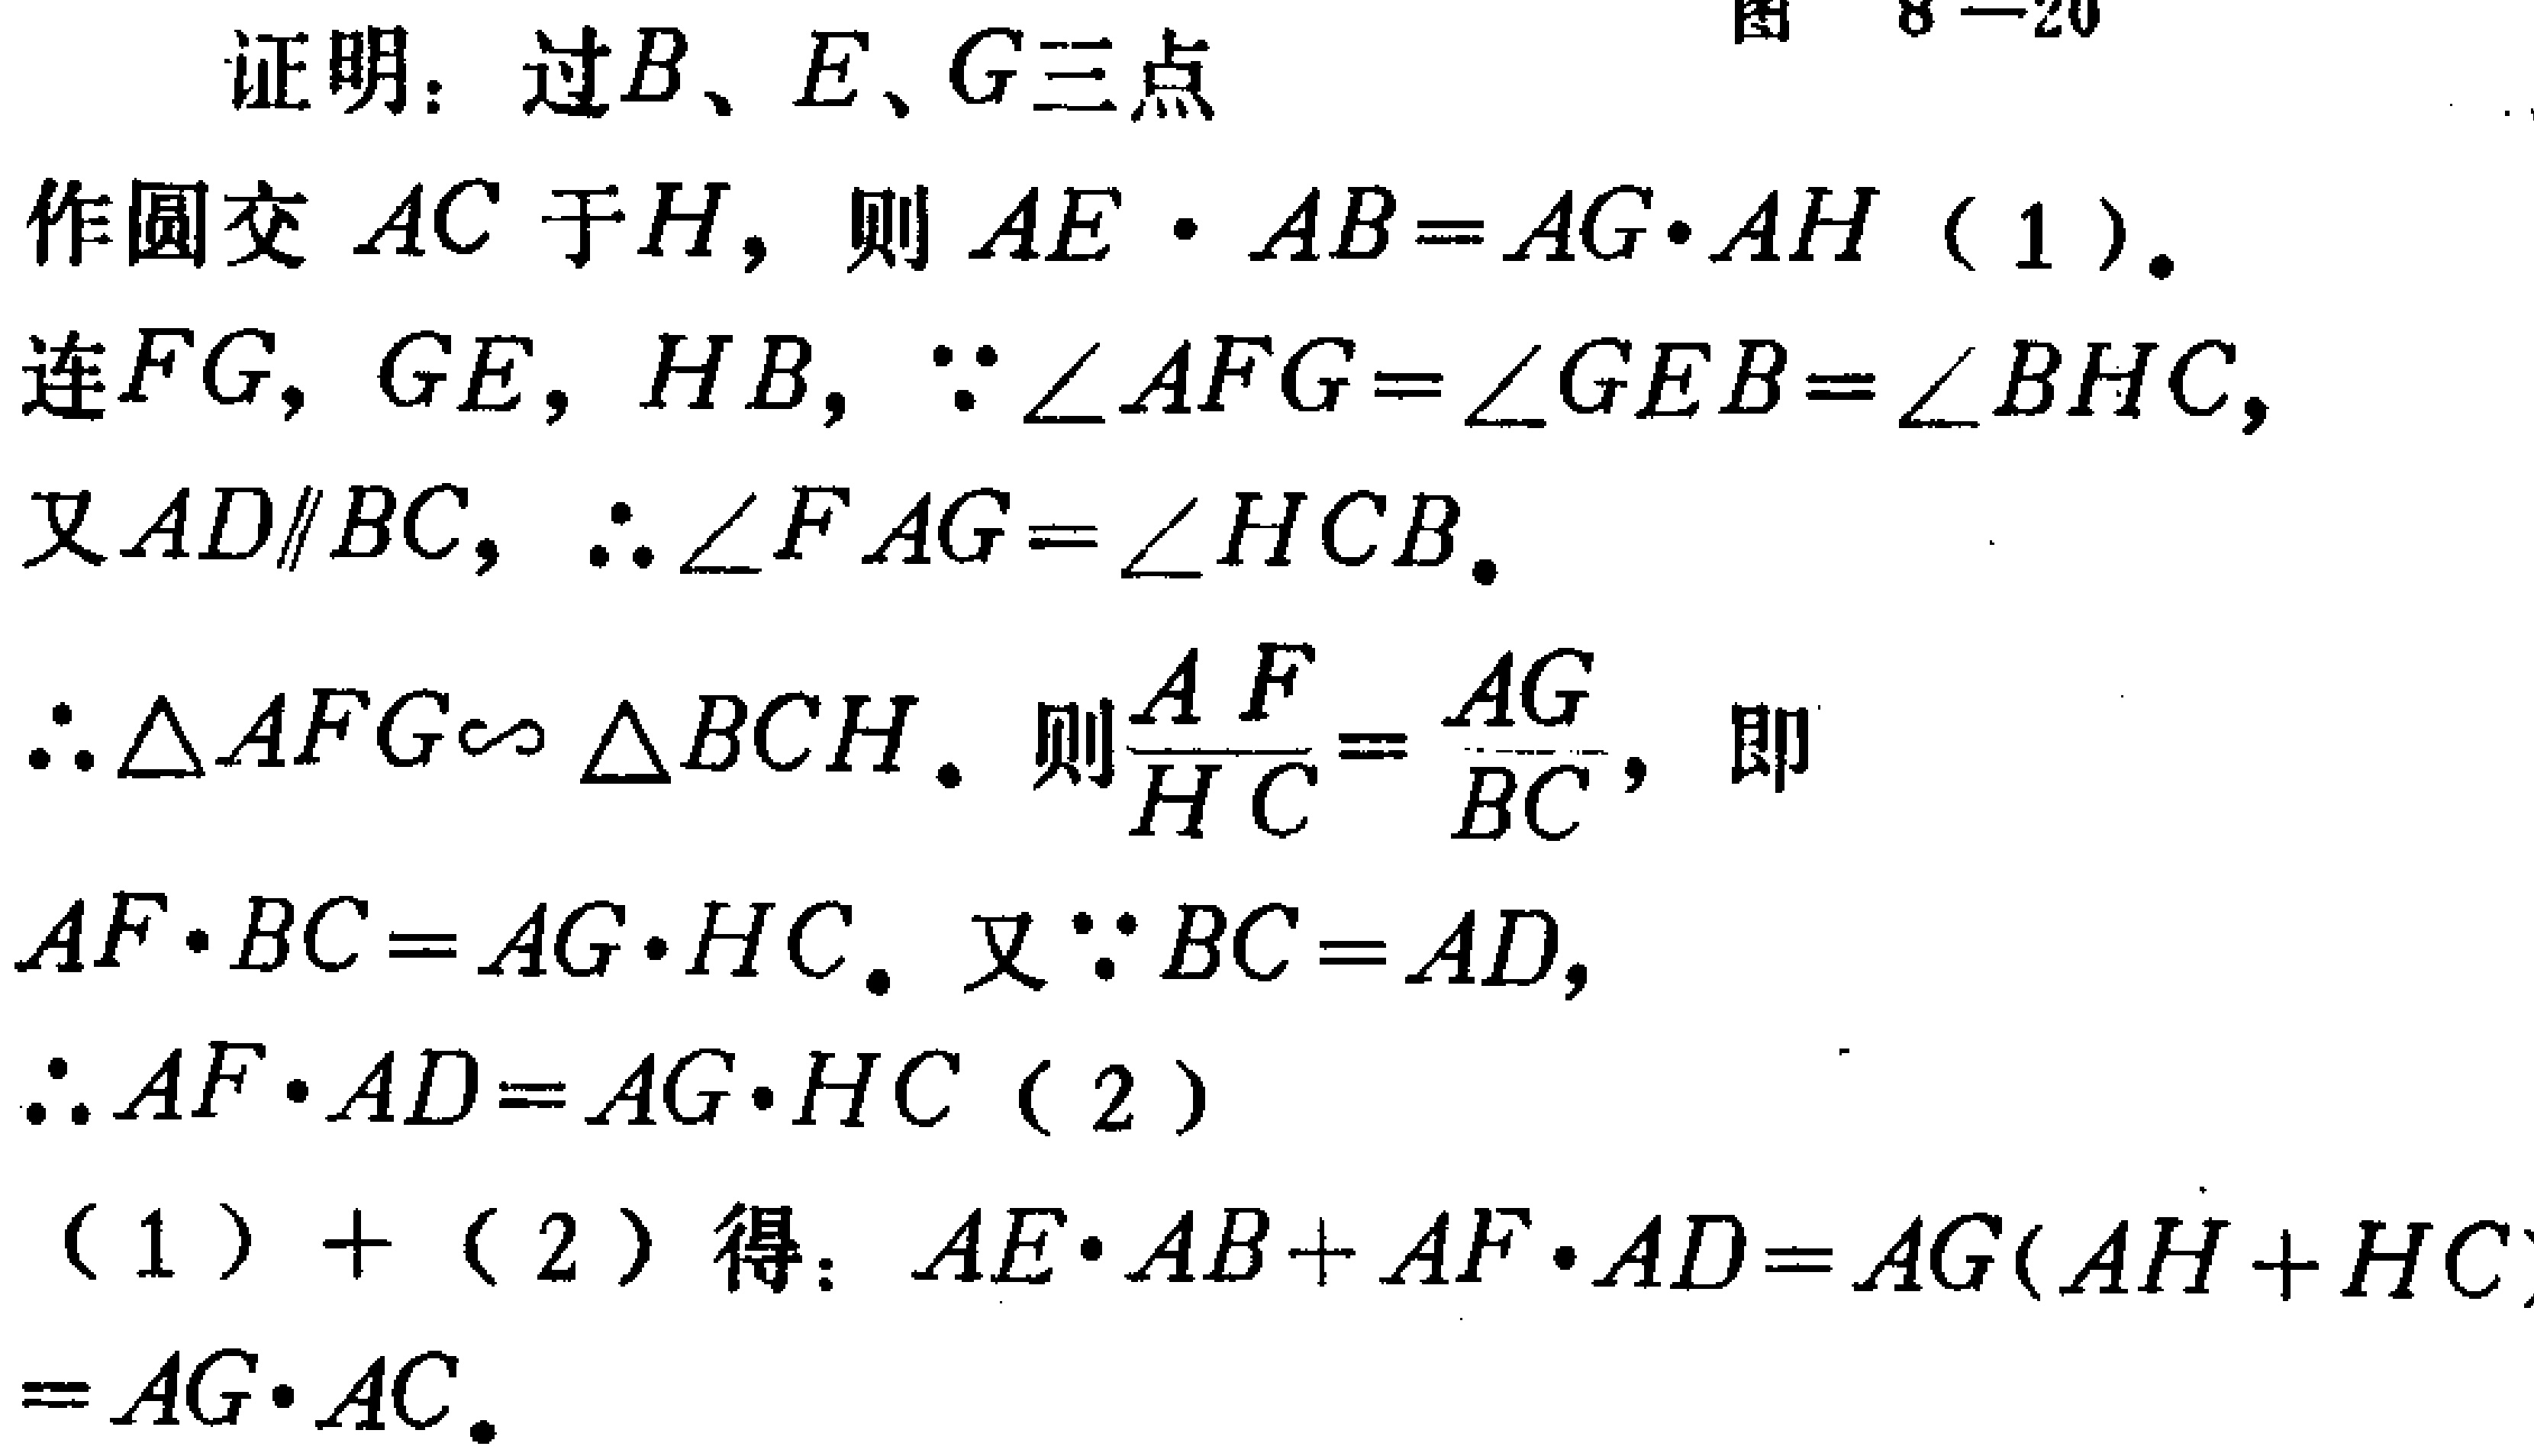
证明：过\(B\)、\(E\)、\(G\)三点

作圆交 \(AC\) 于\(H\)，则 \(AE\cdot AB = AG\cdot AH\)（1）。

连\(FG\)，\(GE\)，\(HB\)，\(\because\angle AFG=\angle GEB=\angle BHC\)，

又\(AD\parallel BC\)，\(\therefore\angle FAG=\angle HCB\)。

\(\therefore\triangle AFG\sim\triangle BCH\)。则\(\frac{AF}{HC}=\frac{AG}{BC}\)，即

\(AF\cdot BC = AG\cdot HC\)。又\(\because BC = AD\)，

\(\therefore AF\cdot AD = AG\cdot HC\)（2）

（1）+（2）得：\(AE\cdot AB + AF\cdot AD = AG(AH + HC)=AG\cdot AC\)。